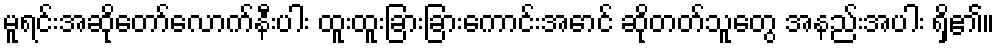
မူရင်းအဆိုတော်လောက်နီးပါး ထူးထူးခြားခြားကောင်းအောင် ဆိုတတ်သူတွေ အနည်းအပါး ရှိ၏။